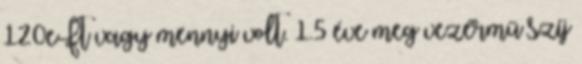
120eFt vagy mennyi volt. 1.5 éve meg vezérmű szíj